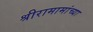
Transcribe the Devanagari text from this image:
श्रीरामामांच्या